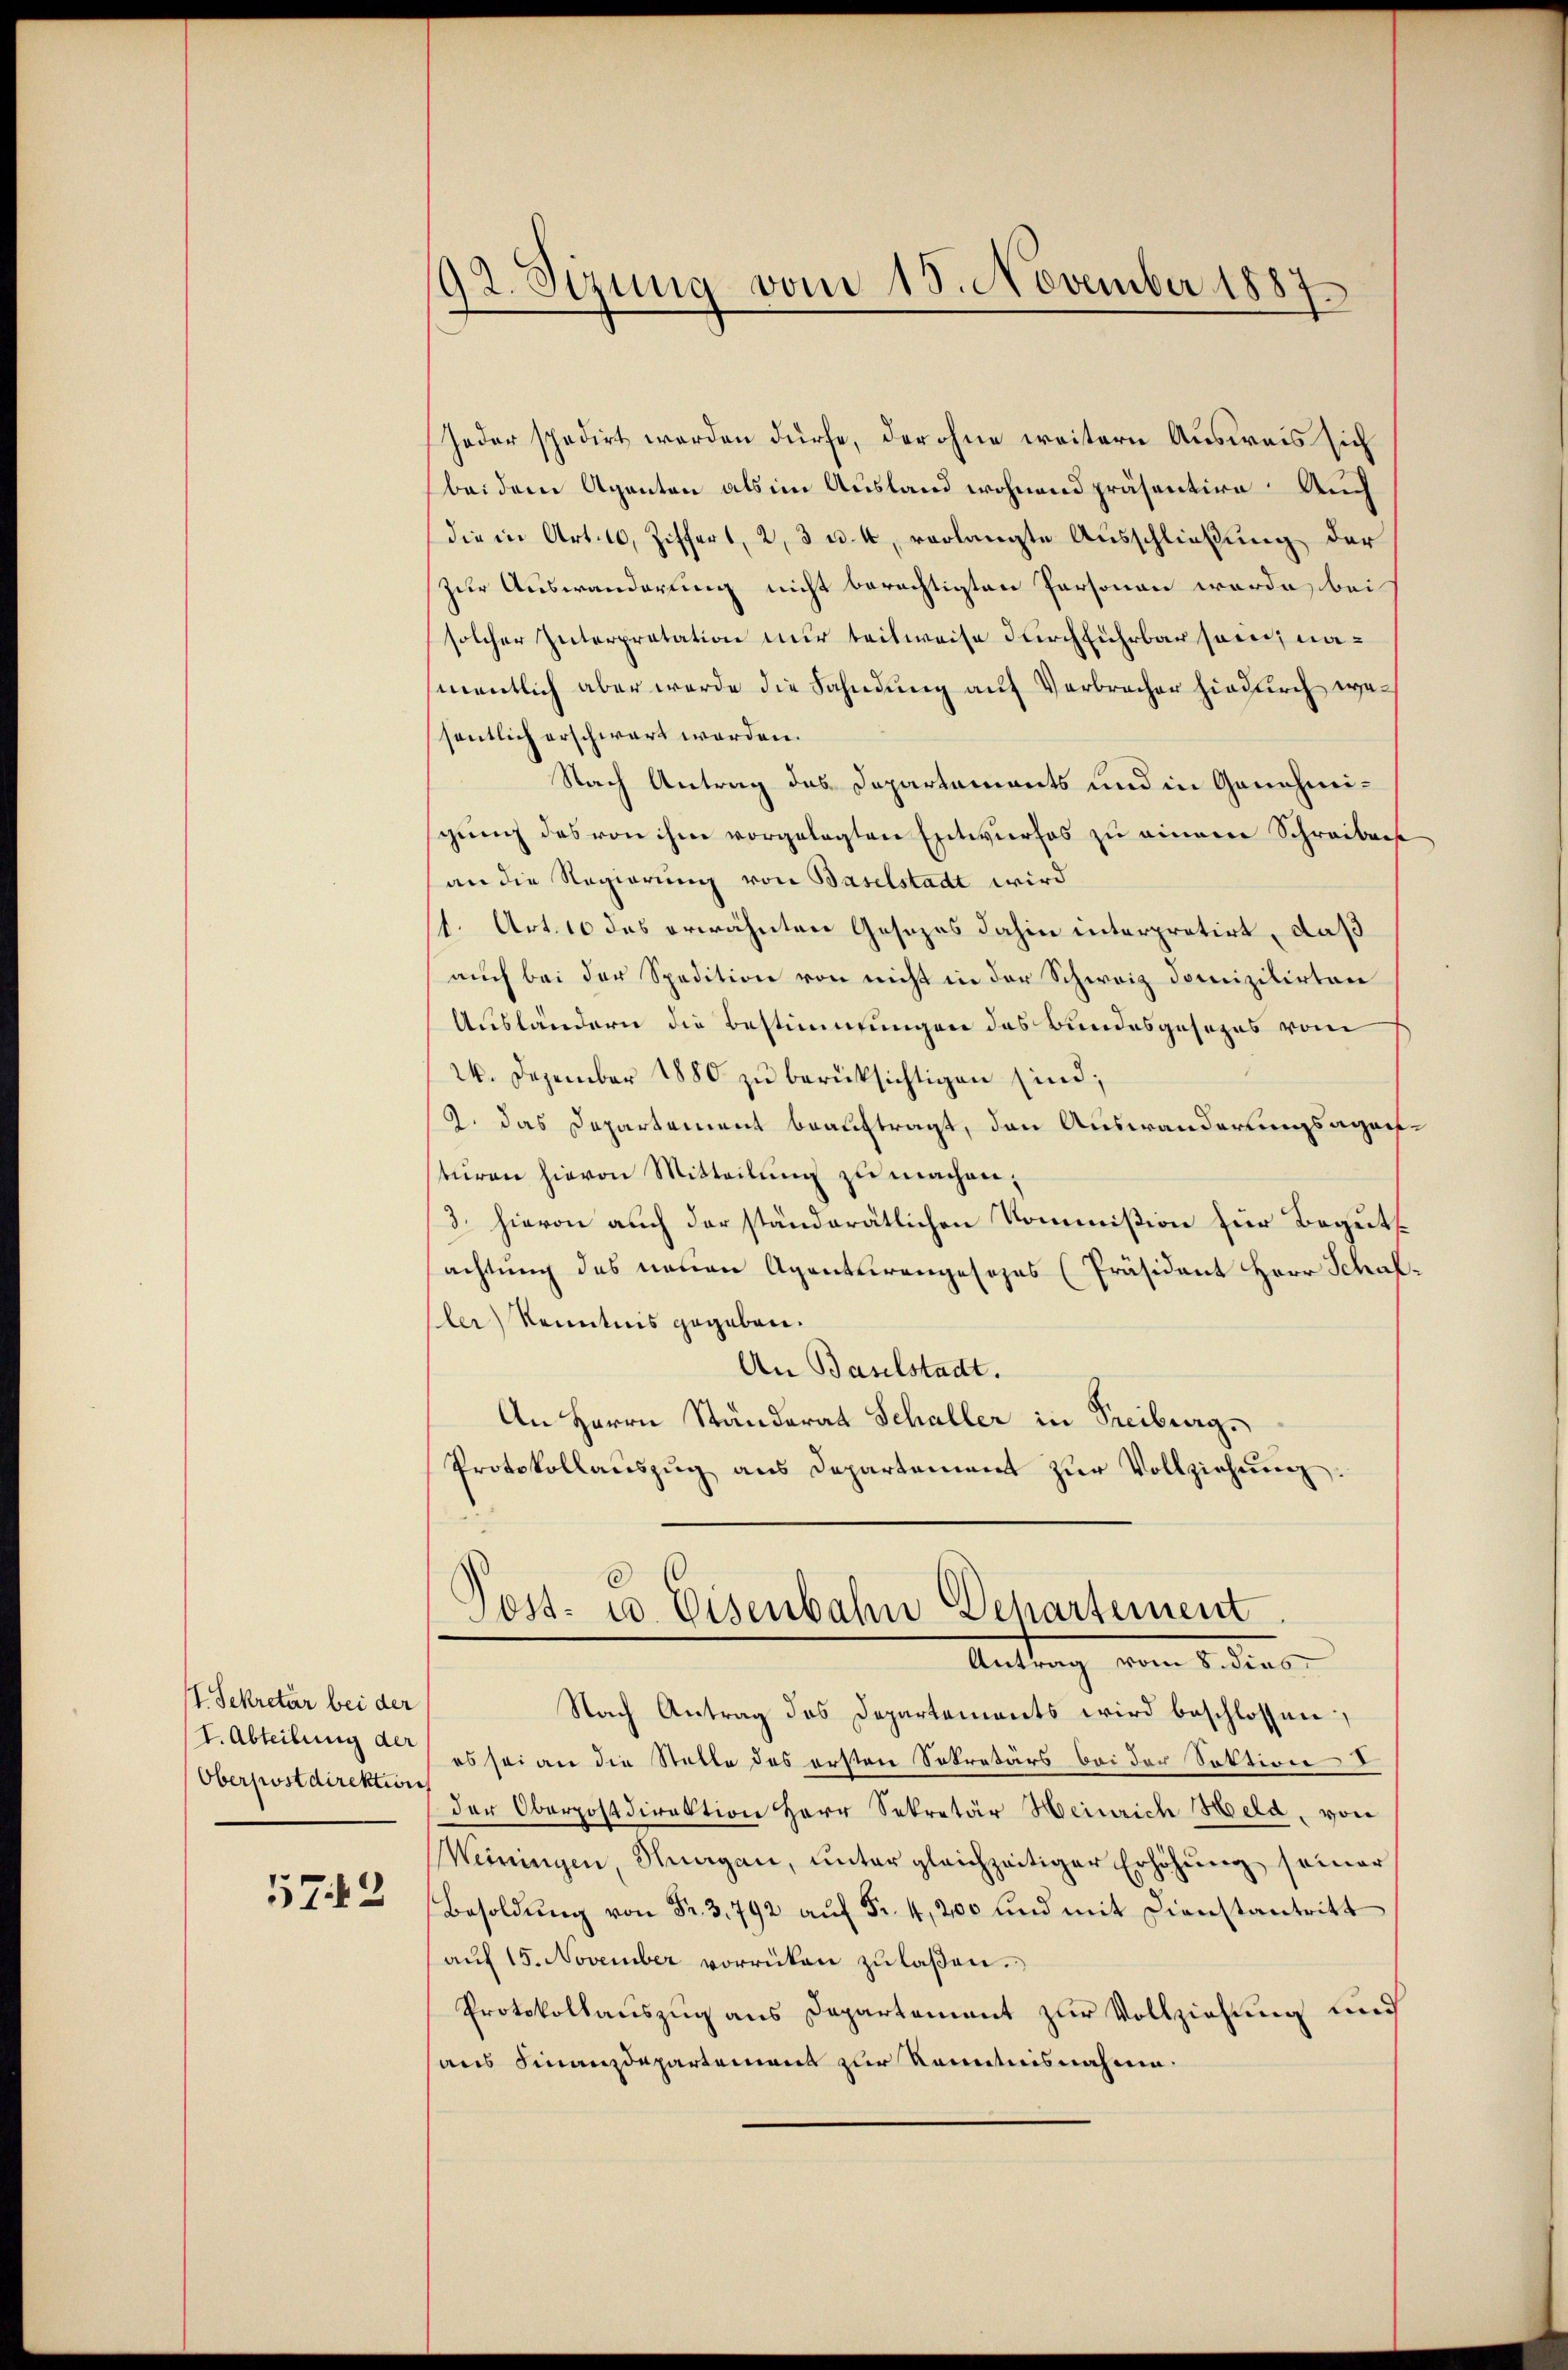
Sekretär bei der
I. Abteilung der
Oberpostdirektion

572

Jeder spedirt werden dürfe, der ohne weitern Ausweis sich
bei dem Agenten als im Ausland wohnend präsentire. Auch
die in Art. 10, Ziffert, 2, 3 u. 4, verlangte Ausschließung der
zur Auswanderung nicht berechtigten Personen worde bei
solcher Interpretation nur teilweise durchführbar sei; namentlich aber werde die Fahndung auf Verbrecher hiedurch wesentlich erschwart worden.
Nach Antrag des Departements und in Genehmischung des von ihm vorgelegten Entwurfes zu einem Schreibens
an die Regierung von Baselstadt wird
1. Art. 10 des erwähnten Gesezes dahin interpretirt, daß
auch bei der Spedition von nicht in der Schweiz domizilirten
Ausländern die Bestimmungen des Bundesgesezes vom
24. Dezember 1880 zu berücksichtigen sind;
2. das Departement beauftragt, den Auswanderungsagantüren hievon Mitteilung zu machen,
3. hievon auch der ständerätlichen Kommißion für Begutachtung des neuen Agenturengesezes (Präsident Herr Schal-
ler) Kenntnis gegeben.
An Baselstadt.
An Herrn Ständerat Schaller in Freiburg.
Protokollaŭszŭg ans Departement zŭr Vollziehung.

92. Sizung vom 18. November 1887.

3
Post- u. Eisenbahn Departement
Antrag vom 2. des
Nach Antrag des Departements wird beschlossen,

es sei an die Stelle des ersten Sekretärs bei der Sektion I
der Oberpostdirektion Herr Sekretär Heinrich Held, von
Weiningen, Hagan, unter gleichzeitiger Erhöhung seiner
Besoldŭng von Fr. 3. 792 aŭf Fr. 4, 200 und mit Dienstantritt
auf 15. November vorrücken zu laßen.
Protokollauszug aus Departement zur Vollziehung und
aus Finanzdepartement zur Kenntnisnahme.